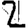
Digit: 2